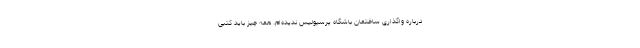
درباره واگذاری ساختمان باشگاه پرسپولیس ندیده‌ام. همه چیز باید کتبی